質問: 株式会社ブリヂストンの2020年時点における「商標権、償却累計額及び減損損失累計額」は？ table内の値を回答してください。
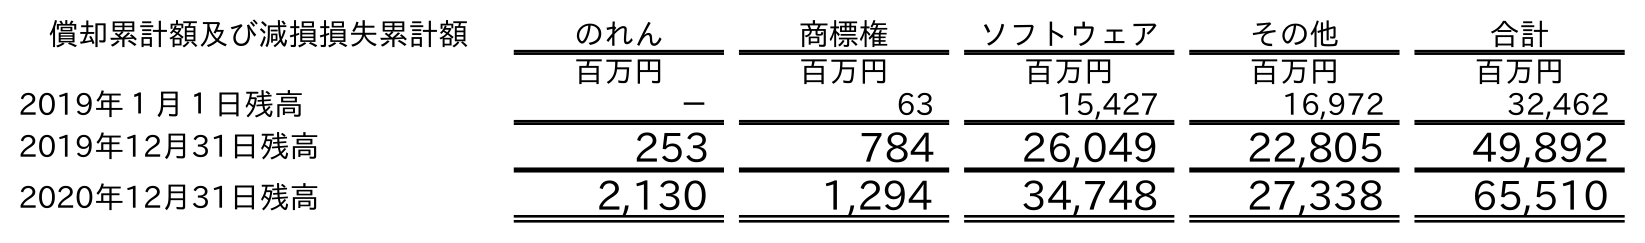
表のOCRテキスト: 償却累計額及び減損損失累計額 のれん 商標権 ソフトウェア その他 合計 百万円 百万円 百万円 百万円 百万円 2019年１月１日残高 － 63 15,427 16,972 32,462 2019年12月31日残高 253 784 26,049 22,805 49,892 2020年12月31日残高 2,130 1,294 34,748 27,338 65,510
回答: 1,294